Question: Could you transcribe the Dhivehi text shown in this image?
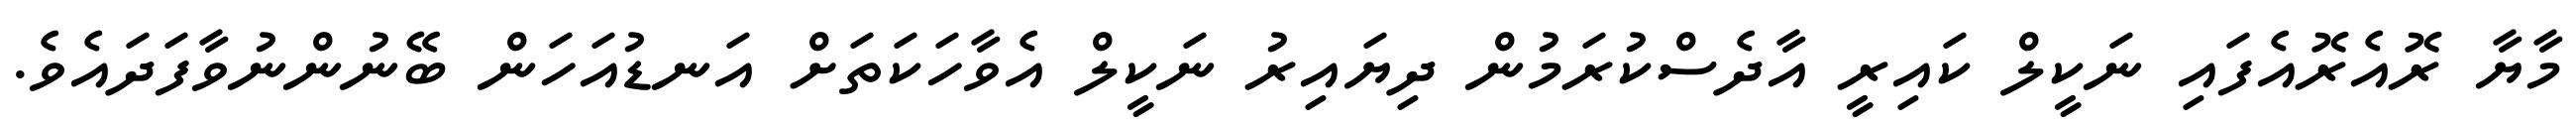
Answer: މާޔާ ރޮއެރޮއެފައި ނަކީލް ކައިރީ އާދެސްކުރަމުން ދިޔައިރު ނަކީލް އެވާހަކަތަށް އަނޑުއަހަން ބޭނުންނުވާފަދައެވެ.